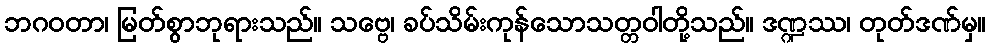
ဘဂဝတာ၊ မြတ်စွာဘုရားသည်။ သဗ္ဗေ၊ ခပ်သိမ်းကုန်သောသတ္တဝါတို့သည်။ ဒဏ္ဍဿ၊ တုတ်ဒဏ်မှ။